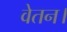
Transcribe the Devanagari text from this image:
वेतन।